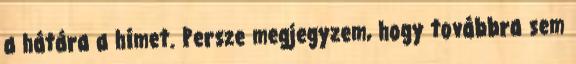
a hátára a hímet. Persze megjegyzem, hogy továbbra sem